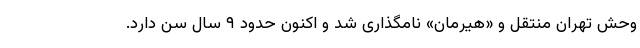
وحش تهران منتقل و «هیرمان» نامگذاری شد و اکنون حدود ۹ سال سن دارد.